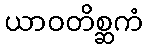
ယာဝတိစ္ဆကံ